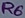
Text: R6